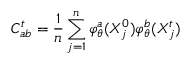
C _ { a b } ^ { t } = \frac { 1 } { n } \sum _ { j = 1 } ^ { n } \varphi _ { \theta } ^ { a } ( X _ { j } ^ { 0 } ) \varphi _ { \theta } ^ { b } ( X _ { j } ^ { t } )